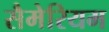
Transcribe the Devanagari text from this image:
सैमेरियम